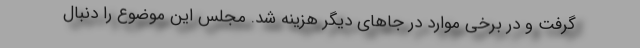
گرفت و در برخی موارد در جاهای دیگر هزینه شد. مجلس این موضوع را دنبال